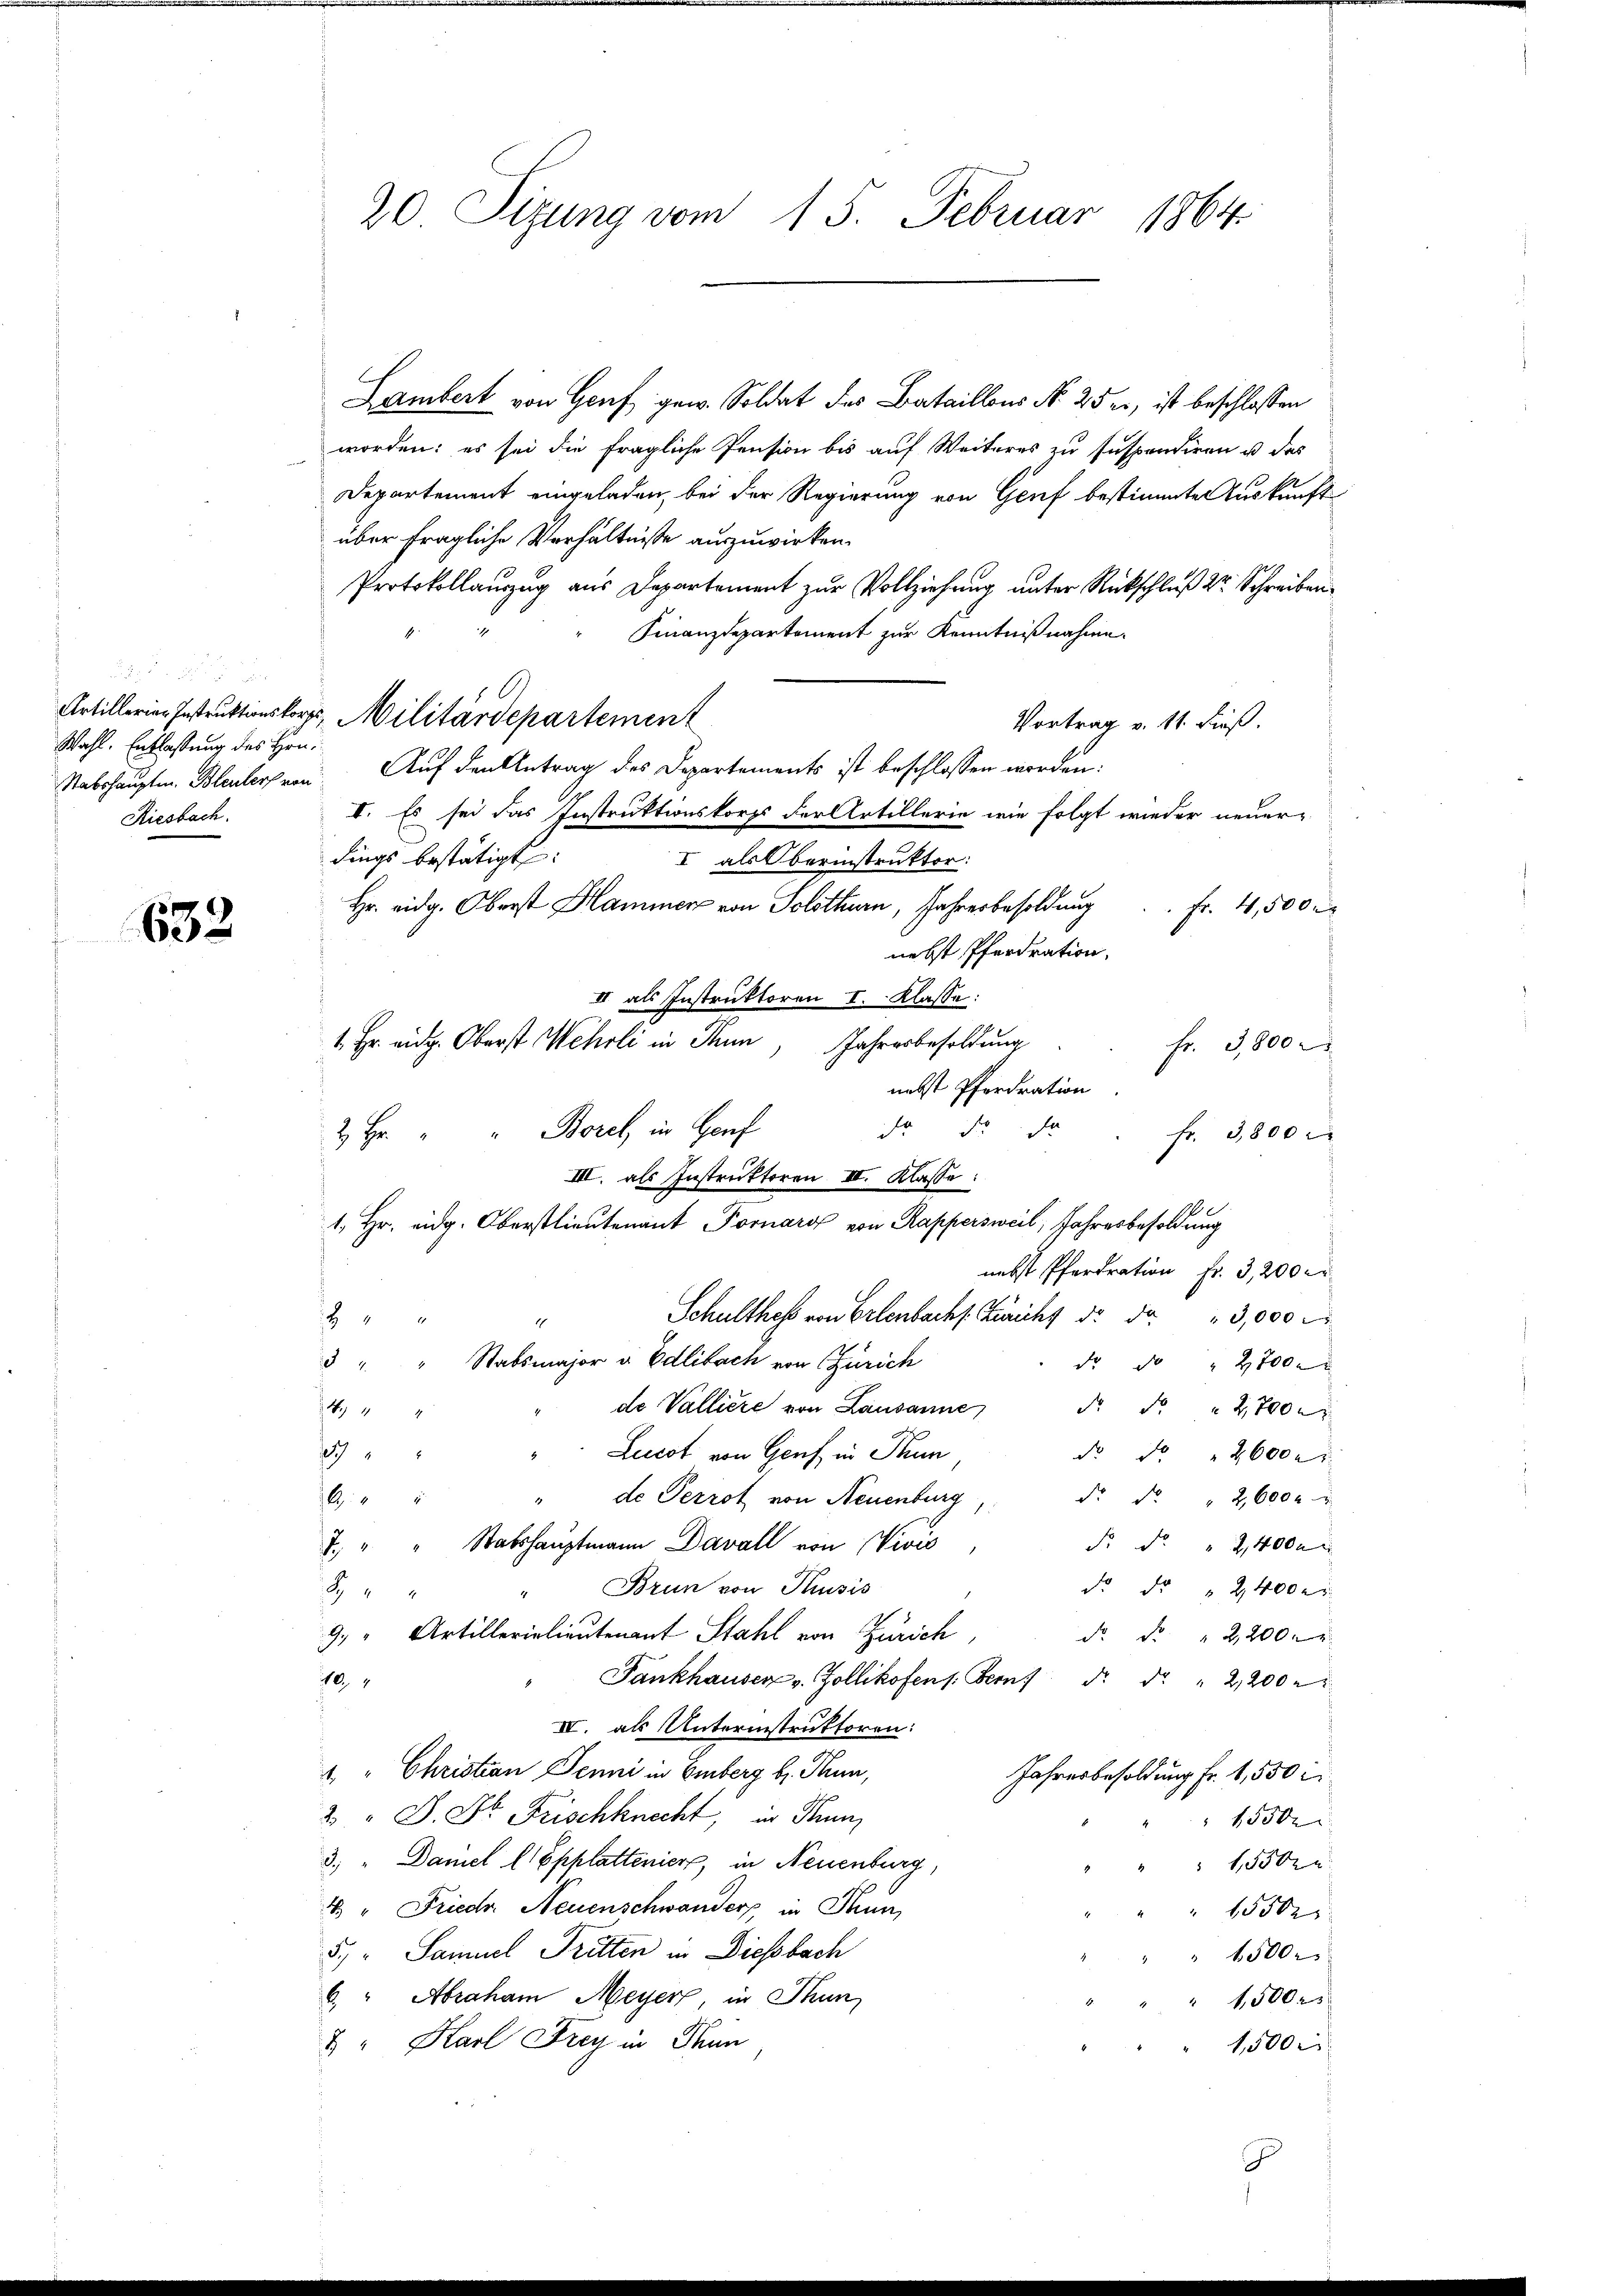
Wahl. Entlassung des Hrn.
Riesbach.

632.

20 Tizung vom 15. Februar 1864

Lambert von Genf gew. Soldat des Bataillons No 25 er, ist beschlossen
worden: es sei die fragliche Pension bis auf Weiteres zu suspendiren u das
Departement eingeladen, bei der Regierung von Genf bestimmte Auskunft
über fragliche Verhältnisse auszuwirken.
Protokollauszug aus Departement zur Vollziehung unter Rückschluß dr Schreiben
Finanzdepartement zur Kenntnißnahme.
Artillerien Instruktionskorps, Militärdepartement
Vortrag v. 11. dieß.
Stabshauptm. Bleulerfran. Auf den Antrag des Departements ist beschlossen worden.
I. Es sei das Instruktionskorps der Artillerie wie folgt wieder neuer-
dings bestätigt:
I als Oberinstruktor:
Hr. eidg. Oberst Hammer von Solothurn, Jahresbesoldung
 Fr. 4,500
nebst Pferdration,
II als Instruktoren I. Klasse:
1 Fr. eid. Oberst Wehrli in Thun, Jahresbesoldŭng . . fr. 3,800
nebst Pferdration
dr da
2 Hr. " " Borel in Hof
fr. 3,800
III. als Instruktoren III. Klasse:
2
1. Hr. eidg. Oberstlieutenant Pornaro von Rappersweil, Jahresbesoldung
nebst Pferdration Fr. 3,200 er
Schulthes von Erlenbach s. Züricht dr. Fr. 13,000 M

19
3 " " Stabsmajor v. Edlibach von Zürich
dr. No 2700xx
de Vallière von Lausanne Fr. 5. " 2,700
444
19
"Lucot von Genf in Sum
No No 2600.
dr. Fr. " 2,600x
" de Perrot von Neuenburg
6
7. " " Stabshauptmann Davall von Wivis
F. d. " 2,400
Brun von Thusis
d. d. " 2400r

1
9. " Artillerielieutenant Stahl von Zürich,
dr. F. " 2,200.
Fankhauser v. Zollikofen s. Bern d. d. 2200 r
40, 4
IV. als Unterinstruktoren:
1 " Christian Jenni in Emberg b. Thun,
Jahresbesoldung fr. 1,550
2 " J. Dr. Frischknecht, in Stun
15500
3. " Daniel (Epplattenier, in Neuenburg,
155 den
4 " Friedr. Neuenschwanders in Thun,
15502
5. " Samuel Tritten in Diesbach
 f 500 x
6. " Abraham Meyer, in Thun
" 1,500 r
8 " Karl Frey in Thun
1500

J